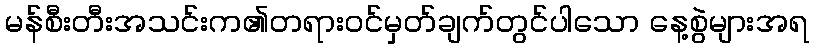
မန်စီးတီးအသင်းက၏တရားဝင်မှတ်ချက်တွင်ပါသော နေ့စွဲများအရ